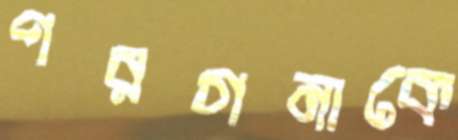
পরগনাকে